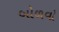
બોળવો